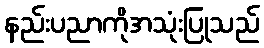
နည်းပညာကိုအသုံးပြုသည်